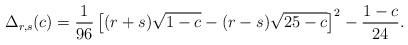
LaTeX: \begin{align*}\Delta_{r,s}(c)=\frac{1}{96}\left[(r+s)\sqrt{1-c}-(r-s)\sqrt{25-c}\right]^{2}-\frac{1-c}{24} .\end{align*}